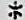
*